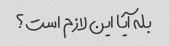
بله آیا این لازم است؟